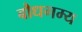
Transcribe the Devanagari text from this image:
बौधगम्य